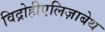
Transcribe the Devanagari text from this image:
विद्रोहीएलिज़ाबेथ